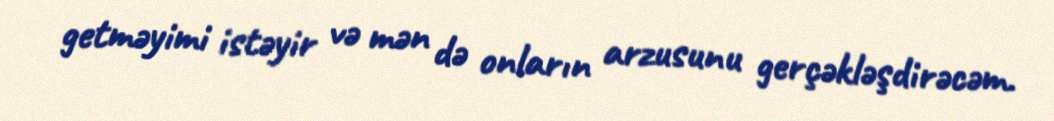
getməyimi istəyir və mən də onların arzusunu gerçəkləşdirəcəm.